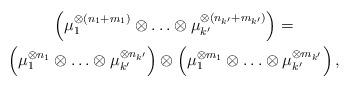
LaTeX: \begin{gather*}\left(\mu_1^{\otimes(n_1 + m_1)} \otimes \ldots \otimes \mu_{k'}^{\otimes(n_{k'} + m_{k'})}\right) = \\\left( \mu_1^{\otimes n_1} \otimes \ldots \otimes \mu_{k'}^{\otimes n_{k'} } \right) \otimes \left( \mu_1^{\otimes m_1} \otimes \ldots \otimes \mu_{k'}^{\otimes m_{k'} } \right),\end{gather*}